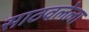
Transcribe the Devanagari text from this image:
साठवलेला